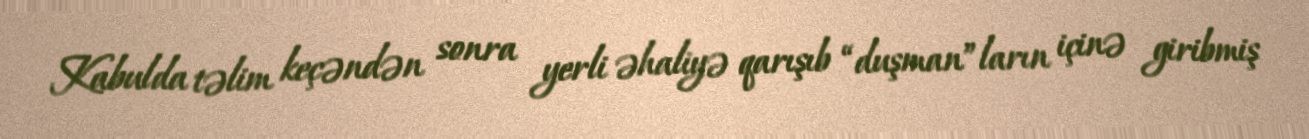
Kabulda təlim keçəndən sonra yerli əhaliyə qarışıb “duşman”ların içinə giribmiş